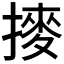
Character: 𫝾